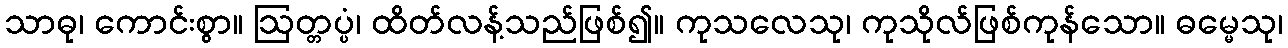
သာဓု၊ ကောင်းစွာ။ ဩတ္တပ္ပံ၊ ထိတ်လန့်သည်ဖြစ်၍။ ကုသလေသု၊ ကုသိုလ်ဖြစ်ကုန်သော။ ဓမ္မေသု၊